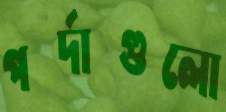
পর্দাগুলো